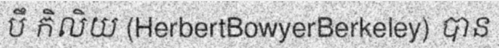
បឹ កិលិយ (HerbertBowyerBerkeley) បាន